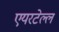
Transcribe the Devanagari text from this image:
एयरटेल्ल